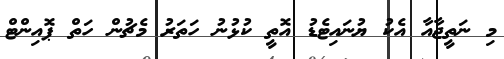
މި ނަތީޖާއާ އެކު ޔުނައިޓެޑު އޮތީ ކުޅުނު ހަތަރު މެޗުން ހަތް ޕޮއިންޓް